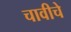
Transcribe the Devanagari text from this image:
चावीचे